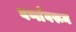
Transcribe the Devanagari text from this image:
वर्णावरून